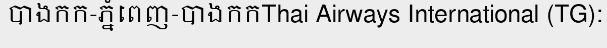
បាងកក-ភ្នំពេញ-បាងកកThai Airways International (TG):